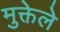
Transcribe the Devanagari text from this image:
मुक्तेले